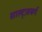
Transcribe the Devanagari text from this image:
साल्ट्ज़बर्ग